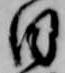
日